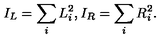
I _ { L } = \sum _ { i } L _ { i } ^ { 2 } , I _ { R } = \sum _ { i } R _ { i } ^ { 2 } .